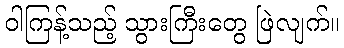
ဝါကြန့်သည့် သွားကြီးတွေ ဖြဲလျက်။